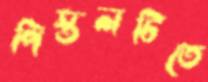
পিস্তলটিতে